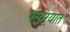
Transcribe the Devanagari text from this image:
पसाऱ्यात